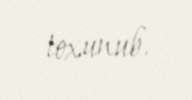
toxunub.